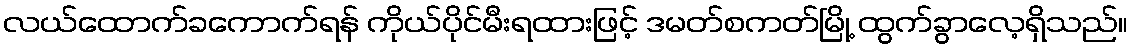
လယ်ထောက်ခကောက်ရန် ကိုယ်ပိုင်မီးရထားဖြင့် ဒမတ်စကတ်မြို့ ထွက်ခွာလေ့ရှိသည်။